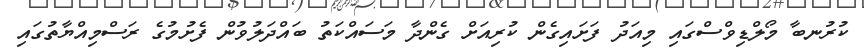
ކުރުނބާ މޯލްޑިވްސްގައި މިއަދު ފަށައިގެން ކުރިއަށް ގެންދާ މަސައްކަތު ބައްދަލުވުން ފެށުމުގެ ރަސްމިއްޔާތުގައި